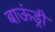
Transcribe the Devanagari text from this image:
बाऊंड्री